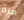
مرة